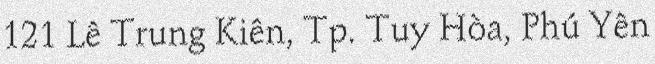
121 Lê Trung Kiên, Tp. Tuy Hòa, Phú Yên